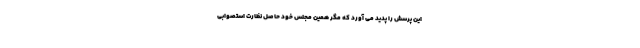
این پرسش را پدید می آورد که مگر همین مجلس خود حاصل نظارت استصوابی